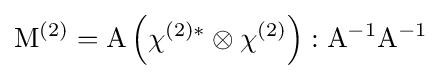
\mathrm {M} ^{(2)}=\mathrm {A} \left(\chi ^{(2)*}\otimes \chi ^{(2)}\right):\mathrm {A} ^{-1}\mathrm {A} ^{-1}